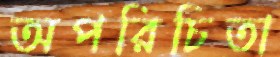
অপরিচিতা